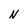
Character: N